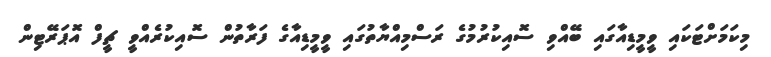
މިކަމަށްޓަކައި ވީމީޑިއާގައި ބޭއްވި ސޮއިކުރުމުގެ ރަސްމިއްޔާތުގައި ވީމީޑިއާގެ ފަރާތުން ސޮއިކުރެއްވީ ޗީފް އޮޕަރޭޓިން